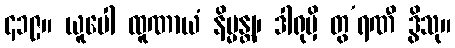
၄၁၉။ ယူပေါ ထူဏာယံ နိမ္မန္တျ၊ ဒါရုမှိ တွ’ရဏီ ဒွိသု။